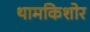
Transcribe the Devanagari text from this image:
थामकिशोर